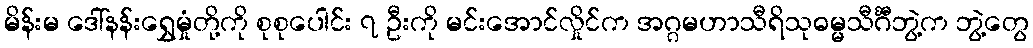
မိန်းမ ဒေါ်နန်းရွှေမှုံတို့ကို စုစုပေါင်း ၇ ဦးကို မင်းအောင်လှိုင်က အဂ္ဂမဟာသီရိသုဓမ္မသီင်္ဂီဘွဲ့က ဘွဲ့တွေ